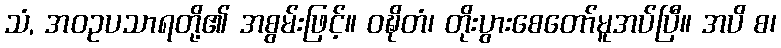
သံ, အဝဥပသာရတို့၏ အစွမ်းဖြင့်။ ဝဍ္ဎိတံ၊ တိုးပွားစေတော်မူအပ်ပြီ။ အပိ စ၊